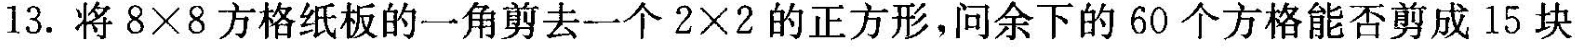
13.将$$8 \times 8$$方格纸板的一角剪去一个$$2 \times 2$$的正方形，问余下的60个方格能否剪成15块